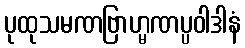
ပုထုသမဏဗြာဟ္မဏပ္ပဝါဒါနံ